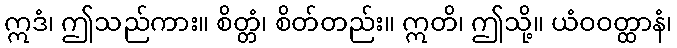
ဣဒံ၊ ဤသည်ကား။ စိတ္တံ၊ စိတ်တည်း။ ဣတိ၊ ဤသို့။ ယံဝဝတ္ထာနံ၊